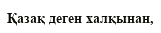
Қазақ деген халқынан,